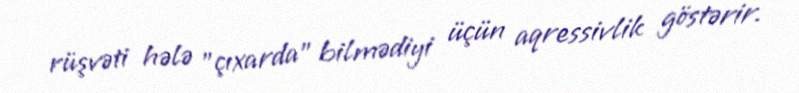
rüşvəti hələ "çıxarda" bilmədiyi üçün aqressivlik göstərir.